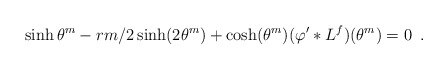
\begin{align*}\sinh \theta ^{m}-rm/2\sinh (2\theta ^{m})+\cosh (\theta ^{m})(\varphi^{\prime }\ast L^{f})(\theta ^{m})=0\,\,\,.\end{align*}